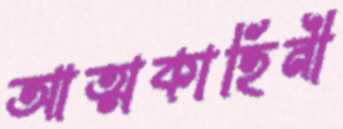
আত্মকাহিনী